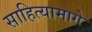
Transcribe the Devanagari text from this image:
साहित्यामागे